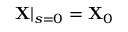
{ \bf X } | _ { s = 0 } = { \bf X } _ { 0 }